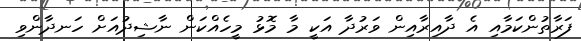
ފަރާތުންކަމާއި އެ ދާއިރާއިން ވަރުދާ އަކީ މާ މޮޅު މީހެއްކަން ނާޝިދުއަށް ހަނދާންވި